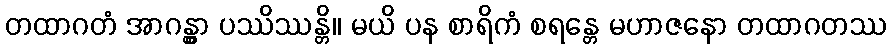
တထာဂတံ အာဂန္တွာ ပဿိဿန္တိ။ မယိ ပန စာရိကံ စရန္တေ မဟာဇနော တထာဂတဿ